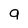
Character: 9